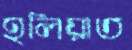
হলিয়াত